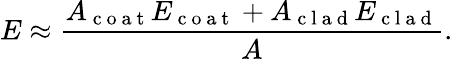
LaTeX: E\approx\frac{A_{\mathrm{~c~o~a~t~}}E_{\mathrm{~c~o~a~t~}}+A_{\mathrm{~c~l~a~d~}}E_{\mathrm{~c~l~a~d~}}}{A}.